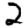
Digit: 2